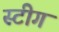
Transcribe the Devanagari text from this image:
स्टीग